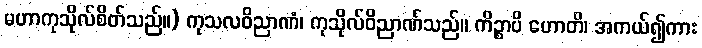
မဟာကုသိုလ်စိတ်သည်။) ကုသလဝိညာဏံ၊ ကုသိုလ်ဝိညာဏ်သည်။ ကိဉ္စာပိ ဟောတိ၊ အကယ်၍ကား